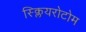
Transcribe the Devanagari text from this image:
स्क्लियरोटोम